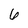
Character: 6